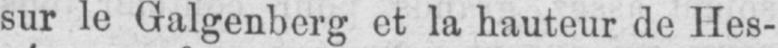
sur le Galgenberg et la hauteur de Hes-